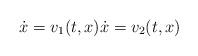
LaTeX: \begin{align*} \dot{x}=v_1(t, x) \dot{x}=v_2(t, x)\end{align*}